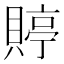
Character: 𧶺